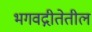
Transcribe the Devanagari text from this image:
भगवद्गीतेतील